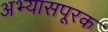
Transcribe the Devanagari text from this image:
अभ्यासपूरक